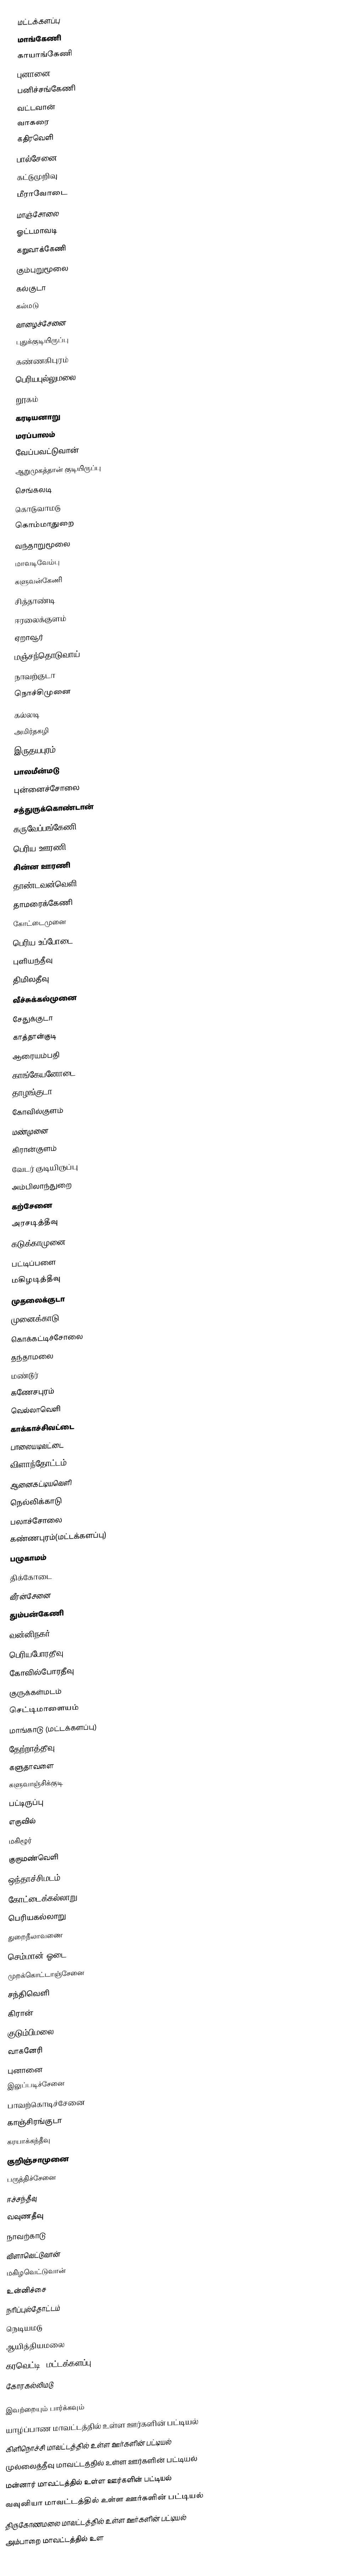
மட்டக்களப்பு
 மாங்கேணி
 காயாங்கேணி
 புனானை
 பனிச்சங்கேணி
 வட்டவான்
 வாகரை
 கதிரவெளி
 பால்சேனை
 கட்டுமுறிவு
 மீராவோடை
 மாஞ்சோலை
 ஓட்டமாவடி
 கறுவாக்கேணி
 கும்புறுமூலை
 கல்குடா
 கல்மடு
 வாழைச்சேனை
 புதுக்குடியிருப்பு
 கண்ணகிபுரம்
 பெரியபுல்லுமலை
 றூகம்
 கரடியனாறு
 மரப்பாலம்
 வேப்பவட்டுவான்
 ஆறுமுகத்தான் குடியிருப்பு
 செங்கலடி
 கொடுவாமடு
 கொம்மாதுறை
 வந்தாறுமூலை
 மாவடிவேம்பு
 களுவன்கேணி
 சித்தாண்டி
 ஈரலைக்குளம்
 ஏறாவூர்
 மஞ்சந்தொடுவாய்
 நாவற்குடா
 நொச்சிமுனை
 கல்லடி
 அமிர்தகழி
 இருதயபுரம்
 பாலமீன்மடு
 புன்னைச்சோலை
 சத்துருக்கொண்டான்
 கருவேப்பங்கேணி
 பெரிய ஊரணி
 சின்ன ஊரணி
 தாண்டவன்வெளி
 தாமரைக்கேணி
 கோட்டைமுனை
 பெரிய உப்போடை
 புளியந்தீவு
 திமிலதீவு
 வீச்சுக்கல்முனை
 சேதுக்குடா
 காத்தான்குடி
 ஆரையம்பதி
 காங்கேயனோடை
 தாழங்குடா
 கோவில்குளம்
 மண்முனை
 கிரான்குளம்
 வேடர் குடியிருப்பு
 அம்பிலாந்துறை
 கற்சேனை
 அரசடித்தீவு
 கடுக்காமுனை
 பட்டிப்பளை
 மகிழடித்தீவு
 முதலைக்குடா
 முனைக்காடு
 கொக்கட்டிச்சோலை
 தந்தாமலை
 மண்டூர்
 கணேசபுரம்
 வெல்லாவெளி
 காக்காச்சிவட்டை
 பாலையடிவட்டை
 விளாந்தோட்டம்
 ஆனைகட்டியவெளி
 நெல்லிக்காடு
 பலாச்சோலை
 கண்ணபுரம்(மட்டக்களப்பு)
 பழுகாமம்
 திக்கோடை
 வீரன்சேனை
 தும்பன்கேணி
 வன்னிநகர்
 பெரியபோரதீவு
 கோவில்போரதீவு
 குருக்கள்மடம்
 செட்டிமாளையம்
 மாங்காடு (மட்டக்களப்பு)
 தேற்றாத்தீவு
 களுதாவளை
 களுவாஞ்சிக்குடி
 பட்டிருப்பு
 எருவில்
 மகிழூர்
 குருமண்வெளி
 ஒந்தாச்சிமடம்
 கோட்டைக்கல்லாறு
 பெரியகல்லாறு
 துறைநீலாவணை
 செம்மான் ஓடை
 முறக்கொட்டாஞ்சேனை
 சந்திவெளி
 கிரான்
 குடும்பிமலை
 வாகனேரி
 புனானை
 இலுப்படிச்சேனை
 பாவற்கொடிச்சேனை
 காஞ்சிரங்குடா
 கரயாக்கந்தீவு
 குறிஞ்சாமுனை
 பருத்திச்சேனை
 ஈச்சந்தீவு
 வவுணதீவு
 நாவற்காடு
 விளாவெட்டுவான்
 மகிழவெட்டுவான்
 உன்னிச்சை
 நரிப்புல்தோட்டம்
 நெடியமடு
 ஆயித்தியமலை
 கரவெட்டி (மட்டக்களப்பு)
 கோரகல்லிமடு

இவற்றையும் பார்க்கவும்
 யாழ்ப்பாண மாவட்டத்தில் உள்ள ஊர்களின் பட்டியல்
 கிளிநொச்சி மாவட்டத்தில் உள்ள ஊர்களின் பட்டியல்
 முல்லைத்தீவு மாவட்டத்தில் உள்ள ஊர்களின் பட்டியல்
 மன்னார் மாவட்டத்தில் உள்ள ஊர்களின் பட்டியல்
 வவுனியா மாவட்டத்தில் உள்ள ஊர்களின் பட்டியல்
 திருகோணமலை மாவட்டத்தில் உள்ள ஊர்களின் பட்டியல்
 அம்பாறை மாவட்டத்தில் உள